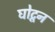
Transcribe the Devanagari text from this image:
घोटून